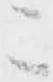
こ